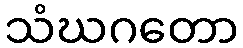
သံဃဂတော